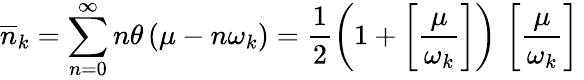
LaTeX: \overline{{{n}}}_{k}=\sum_{n=0}^{\infty}n\theta\left(\mu-n\omega_{k}\right)=\frac{1}{2}\left(1+\left[\frac{\mu}{\omega_{k}}\right]\right)\, \left[\frac{\mu}{\omega_{k}}\right]\,